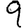
Digit: 9